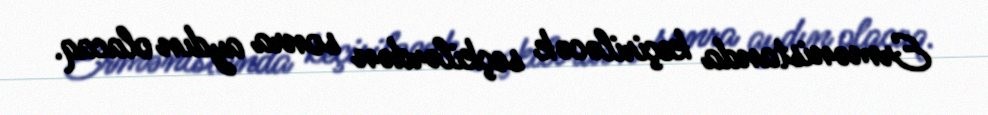
Ermənistanda keçiriləcək seçkilərdən sonra aydın olacaq.